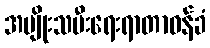
အမျိုးသမီးရေးရာတာဝန်ခံ